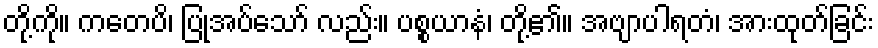
တို့ကို။ ကတေပိ၊ ပြုအပ်သော် လည်း။ ပစ္စယာနံ၊ တို့၏။ အဗျာပါရတံ၊ အားထုတ်ခြင်း